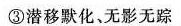
③潜移默化、无影无踪